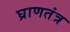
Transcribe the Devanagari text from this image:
घ्राणतंत्र